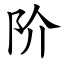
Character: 阶